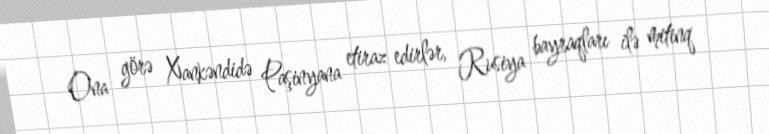
Ona görə Xankəndidə Paşinyana etiraz edirlər, Rusiya bayraqları ilə mitinq